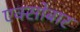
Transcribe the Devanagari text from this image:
एक्सोबार